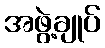
အဖွဲ့ချုပ်